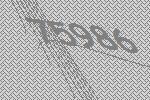
75986